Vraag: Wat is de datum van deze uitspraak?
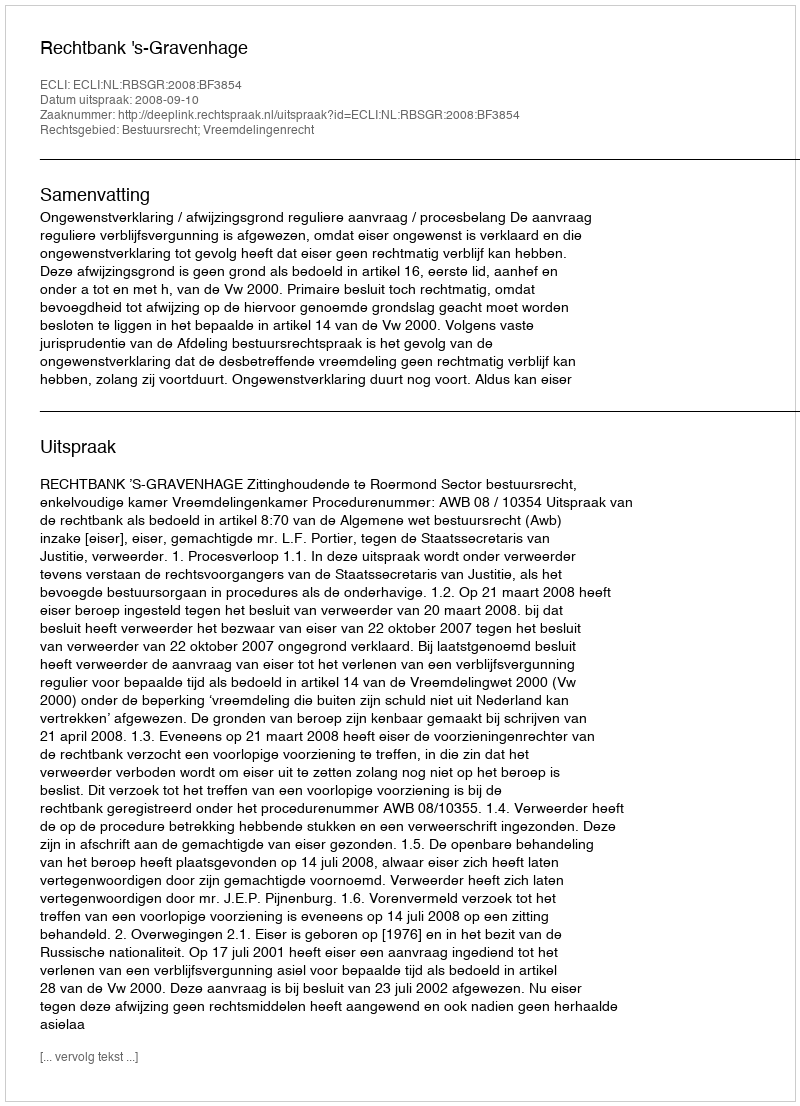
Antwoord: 2008-09-10